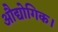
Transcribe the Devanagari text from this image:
औद्योगिक।